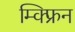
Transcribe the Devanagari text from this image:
म्क्फ्रिन